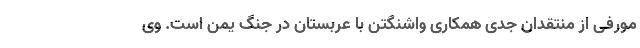
مورفی از منتقدان جدی همکاری واشنگتن با عربستان در جنگ یمن است. وی